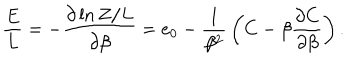
{ \frac { E } { L } } = - { \frac { \partial \ln Z / L } { \partial \beta } } = e _ { 0 } - { \frac { 1 } { \beta ^ { 2 } } } \left( C - \beta { \frac { \partial C } { \partial \beta } } \right) .